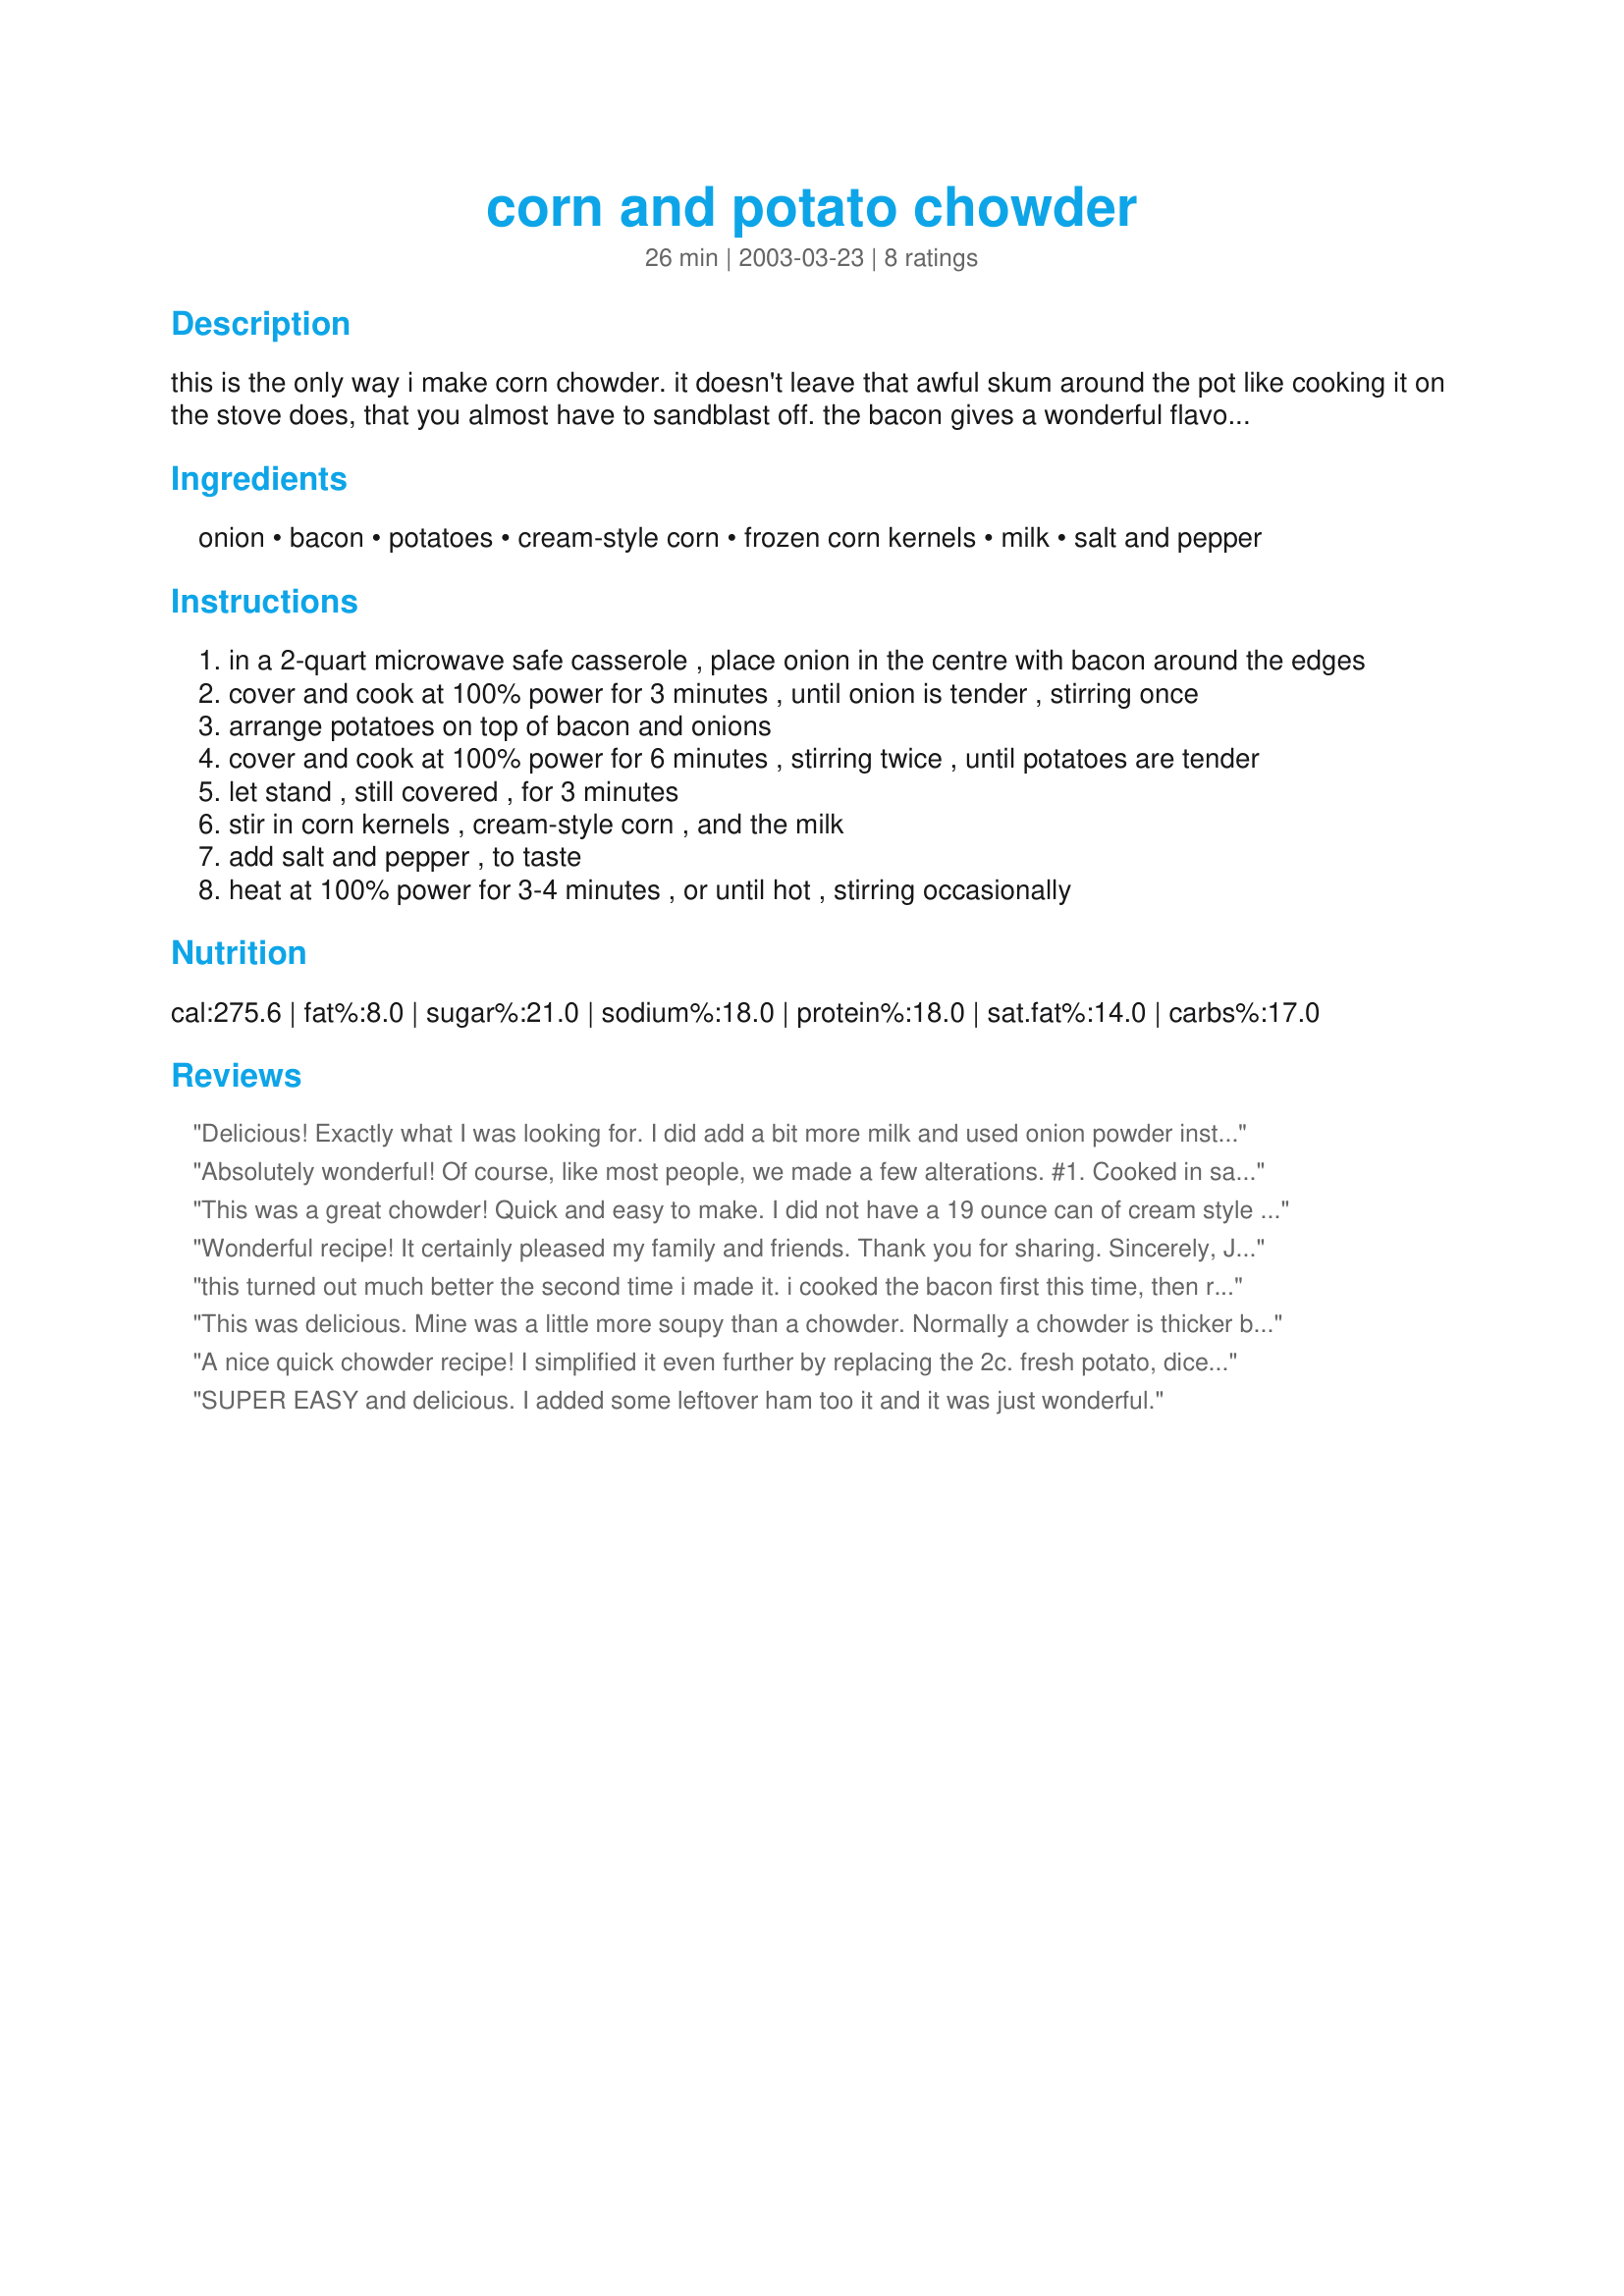
corn and potato chowder
Preparation time: 26 minutes

this is the only way i make corn chowder. it doesn't leave that awful skum around the pot like cooking it on the stove does, that you almost have to sandblast off. the bacon gives a wonderful flavour, and the two kinds of corn a nice consistency.

Ingredients:
onion, bacon, potatoes, cream-style corn, frozen corn kernels, milk, salt and pepper

Steps:
in a 2-quart microwave safe casserole , place onion in the centre with bacon around the edges
cover and cook at 100% power for 3 minutes , until onion is tender , stirring once
arrange potatoes on top of bacon and onions
cover and cook at 100% power for 6 minutes , stirring twice , until potatoes are tender
let stand , still covered , for 3 minutes
stir in corn kernels , cream-style corn , and the milk
add salt and pepper , to taste
heat at 100% power for 3-4 minutes , or until hot , stirring occasionally

Reviews:
Delicious! Exactly what I was looking for. I did add a bit more milk and used onion powder instead of onion (b/c DH doesn't like them, boo!) 
It was perfect for a chilly Fall night.
Absolutely wonderful! Of course, like most people, we made a few alterations. #1. Cooked in sauce pan on stove top. #2. Added about 1/4 cup chopped celery. #3. Used 1 cup milk, 1 cup heavy cream. #4. Topped with chopped scallions. Definite keeper!!!
This was a great chowder! Quick and easy to make. I did not have a 19 ounce can of cream style corn, I used a 14 ounce can and it worked fine. Thanks for the great recipe. I will definitally be making this one again!
Wonderful recipe! It certainly pleased my family and friends.
Thank you for sharing.
Sincerely,
Jeannie Colbert
this turned out much better the second time i made it. i cooked the bacon first this time, then removed it and proceeded with the recipe. a quick, easy way to make chowder
This was delicious. Mine was a little more soupy than a chowder. Normally a chowder is thicker but it could have been an error on my behalf. I also used Cancadian Bacon as I didn't have regular bacon on hand and it was not greasy like you would expect bacon to be. I will definitely be making this again soon.
A nice quick chowder recipe! I simplified it even further by replacing the 2c. fresh potato, diced, with a 15 oz can of sliced potatoes instead, which provided an additional benefit of reducing the cook time even further! Also, for personal preference only, I eliminated the cream-style corn (can't abide the weird taste) and doubled the frozen corn amount...All in all a real keeper for my 'microwave' recipes file! Thank you for posting this recipe!
SUPER EASY and delicious.
I added some leftover ham too it and it was just wonderful.
